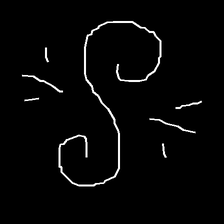
Glyph: wind-directs-air